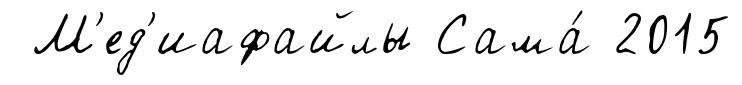
М'ед'иафайлы Сама́ 2015